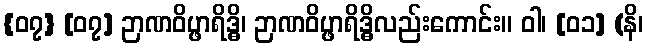
{၀၇} [၀၇] ဉာဏဝိပ္ဖာရိဒ္ဓိ၊ ဉာဏဝိပ္ဖာရိဒ္ဓိလည်းကောင်း။ ဝါ၊ [၀၁] (နိ၊